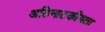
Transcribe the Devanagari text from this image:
अतिनाटकीयता